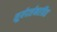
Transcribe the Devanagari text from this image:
सूर्यदर्शनरहित